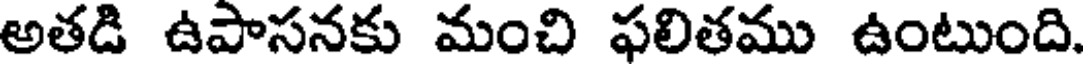
అతడి ఉపాసనకు మంచి ఫలితము ఉంటుంది.